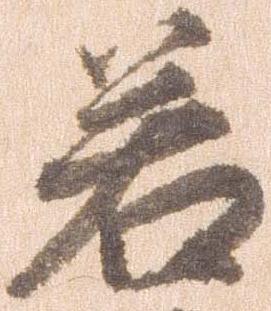
若